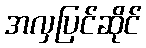
အလှပြင်ဆိုင်